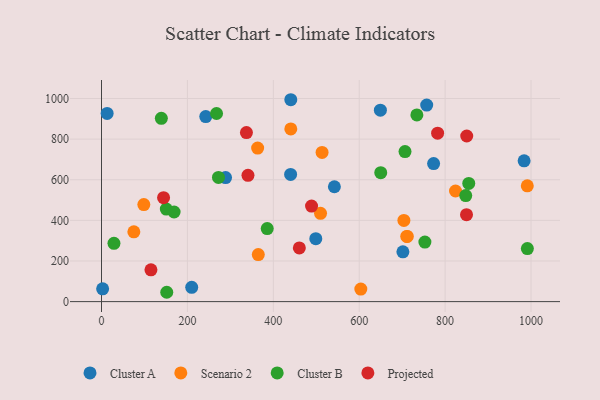
{"axis": {"x": "Engine Size", "y": "Exam Score"}, "legend": ["Cluster A", "Cluster B", "Projected", "Scenario 2"], "data": [{"x": "242.7", "y": 910.8, "type": "Cluster A"}, {"x": "649.3", "y": 942.6, "type": "Cluster A"}, {"x": "13.1", "y": 926.5, "type": "Cluster A"}, {"x": "701.7", "y": 245.0, "type": "Cluster A"}, {"x": "440.7", "y": 993.9, "type": "Cluster A"}, {"x": "498.9", "y": 309.7, "type": "Cluster A"}, {"x": "757.1", "y": 967.5, "type": "Cluster A"}, {"x": "2.6", "y": 63.1, "type": "Cluster A"}, {"x": "288.8", "y": 610.6, "type": "Cluster A"}, {"x": "542.2", "y": 565.4, "type": "Cluster A"}, {"x": "983.9", "y": 693.3, "type": "Cluster A"}, {"x": "773.2", "y": 679.4, "type": "Cluster A"}, {"x": "440.3", "y": 626.0, "type": "Cluster A"}, {"x": "210.0", "y": 70.4, "type": "Cluster A"}, {"x": "704.0", "y": 399.5, "type": "Scenario 2"}, {"x": "98.5", "y": 477.9, "type": "Scenario 2"}, {"x": "440.7", "y": 850.3, "type": "Scenario 2"}, {"x": "991.3", "y": 570.2, "type": "Scenario 2"}, {"x": "365.0", "y": 231.5, "type": "Scenario 2"}, {"x": "710.7", "y": 320.8, "type": "Scenario 2"}, {"x": "363.5", "y": 755.7, "type": "Scenario 2"}, {"x": "824.2", "y": 544.6, "type": "Scenario 2"}, {"x": "75.3", "y": 343.8, "type": "Scenario 2"}, {"x": "711.9", "y": 320.8, "type": "Scenario 2"}, {"x": "513.5", "y": 734.4, "type": "Scenario 2"}, {"x": "509.9", "y": 434.5, "type": "Scenario 2"}, {"x": "603.7", "y": 61.6, "type": "Scenario 2"}, {"x": "151.9", "y": 46.0, "type": "Cluster B"}, {"x": "752.9", "y": 293.3, "type": "Cluster B"}, {"x": "272.3", "y": 611.6, "type": "Cluster B"}, {"x": "848.0", "y": 522.0, "type": "Cluster B"}, {"x": "991.5", "y": 261.0, "type": "Cluster B"}, {"x": "706.6", "y": 738.5, "type": "Cluster B"}, {"x": "29.0", "y": 287.0, "type": "Cluster B"}, {"x": "650.1", "y": 635.0, "type": "Cluster B"}, {"x": "734.2", "y": 919.3, "type": "Cluster B"}, {"x": "385.8", "y": 359.8, "type": "Cluster B"}, {"x": "267.8", "y": 926.2, "type": "Cluster B"}, {"x": "855.0", "y": 582.0, "type": "Cluster B"}, {"x": "150.9", "y": 455.6, "type": "Cluster B"}, {"x": "169.0", "y": 441.2, "type": "Cluster B"}, {"x": "139.3", "y": 902.3, "type": "Cluster B"}, {"x": "460.6", "y": 264.2, "type": "Projected"}, {"x": "849.8", "y": 427.8, "type": "Projected"}, {"x": "115.1", "y": 156.4, "type": "Projected"}, {"x": "341.0", "y": 621.6, "type": "Projected"}, {"x": "337.4", "y": 832.1, "type": "Projected"}, {"x": "144.5", "y": 511.7, "type": "Projected"}, {"x": "489.0", "y": 470.4, "type": "Projected"}, {"x": "782.5", "y": 829.0, "type": "Projected"}, {"x": "850.3", "y": 815.4, "type": "Projected"}]}